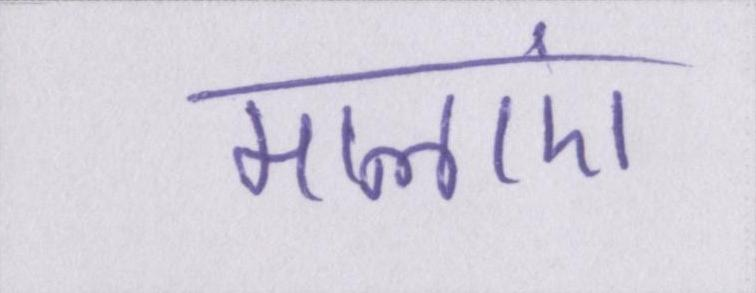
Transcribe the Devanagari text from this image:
मालाएं